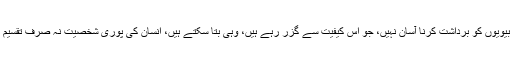
ایک اور حقیقت یہ بھی ہے کہ خاوند حضرات اگرچہ دوسری شادی کا سن کر خوش ہوتے ہیں، مگر دو بیویوں کو برداشت کرنا آسان نہیں، جو اس کیفیت سے گزر رہے ہیں، وہی بتا سکتے ہیں، انسان کی پوری شخصیت نہ صرف تقسیم ہوجاتی ہے بلکہ مسلسل ایک کشمکش رہتی ہے، دونوں بیویوں اور ان کی اولادوں اور خاوند محترم میں۔